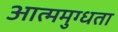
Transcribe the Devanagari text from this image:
आत्ममुग्धता